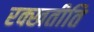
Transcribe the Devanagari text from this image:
रक्खतीति